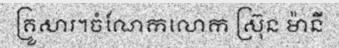
គ្រួសារ។ចំណែកលោក ស្រ៊ុន ម៉ានី